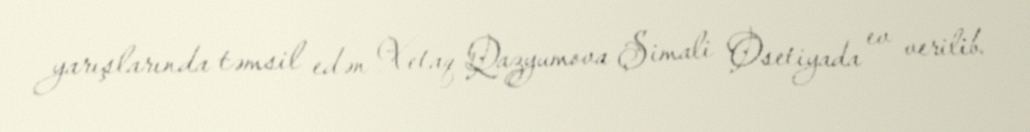
yarışlarında təmsil edən Xetaq Qazyumova Şimali Osetiyada ev verilib.